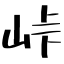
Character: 峠